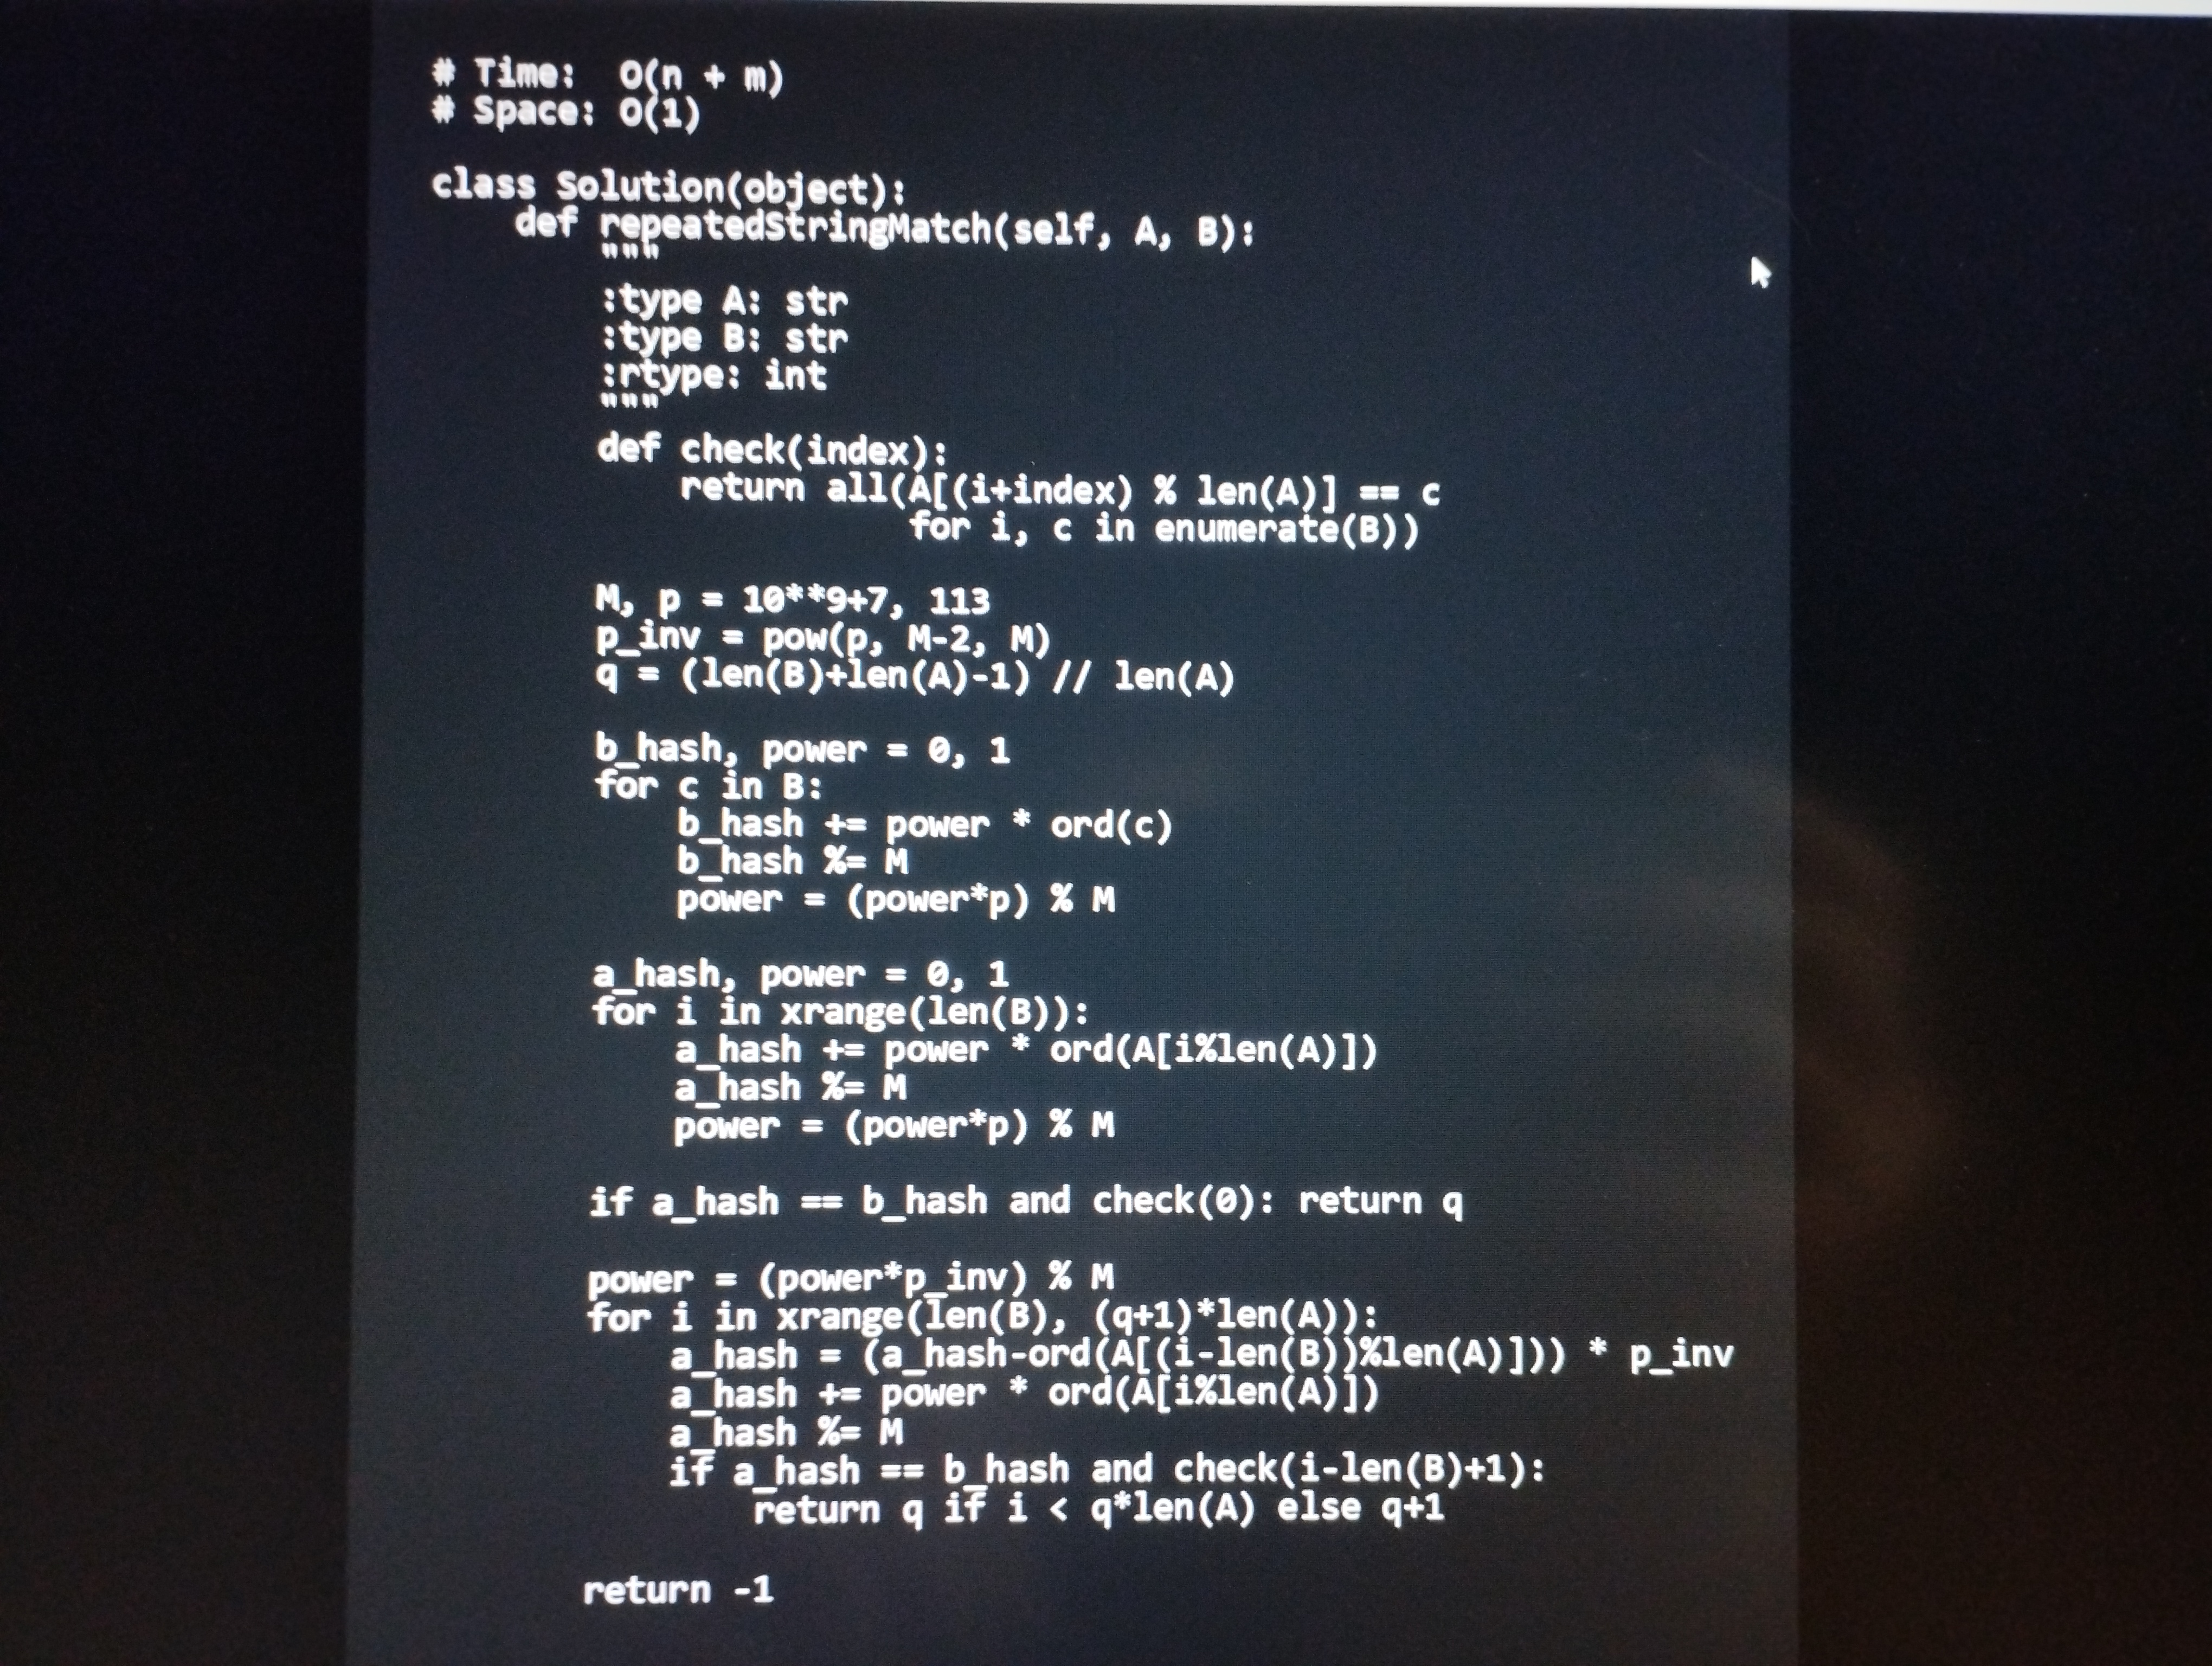
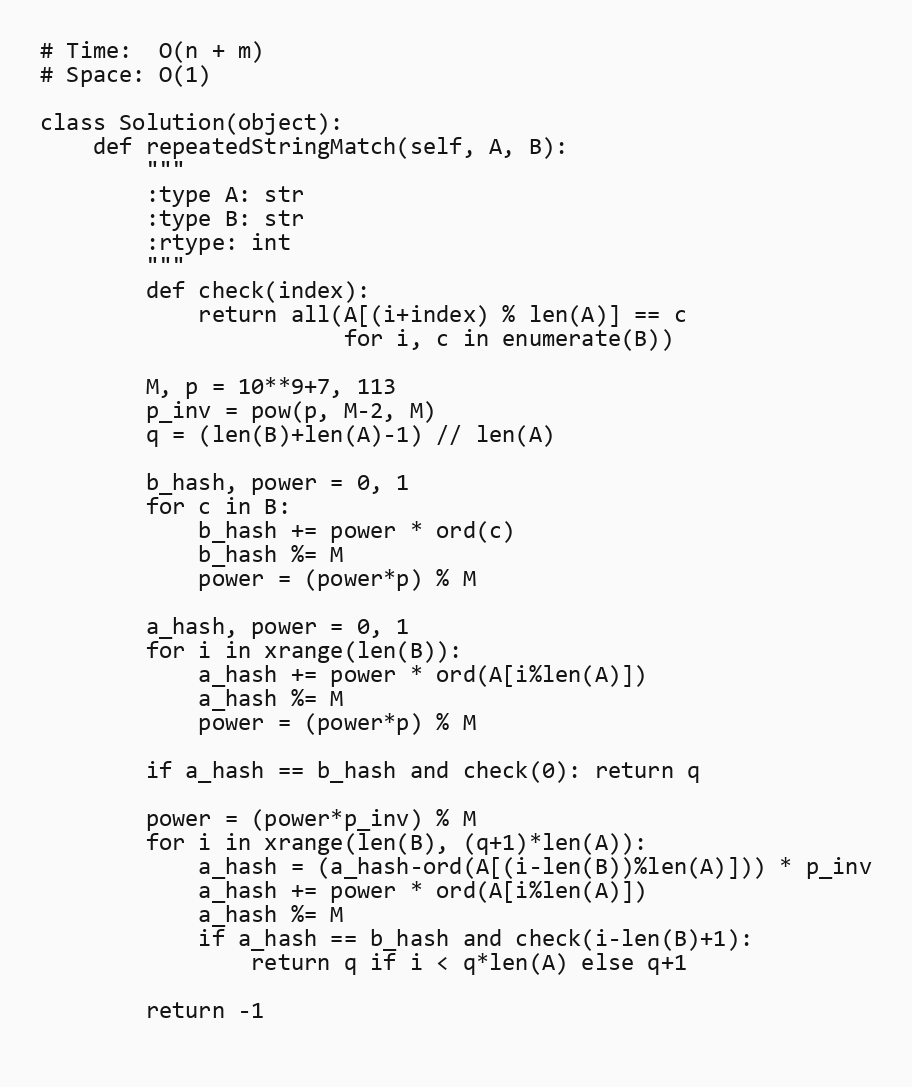
# Time:  O(n + m)
# Space: O(1)

class Solution(object):
    def repeatedStringMatch(self, A, B):
        """
        :type A: str
        :type B: str
        :rtype: int
        """
        def check(index):
            return all(A[(i+index) % len(A)] == c
                       for i, c in enumerate(B))

        M, p = 10**9+7, 113
        p_inv = pow(p, M-2, M)
        q = (len(B)+len(A)-1) // len(A)

        b_hash, power = 0, 1
        for c in B:
            b_hash += power * ord(c)
            b_hash %= M
            power = (power*p) % M

        a_hash, power = 0, 1
        for i in xrange(len(B)):
            a_hash += power * ord(A[i%len(A)])
            a_hash %= M
            power = (power*p) % M

        if a_hash == b_hash and check(0): return q

        power = (power*p_inv) % M
        for i in xrange(len(B), (q+1)*len(A)):
            a_hash = (a_hash-ord(A[(i-len(B))%len(A)])) * p_inv
            a_hash += power * ord(A[i%len(A)])
            a_hash %= M
            if a_hash == b_hash and check(i-len(B)+1):
                return q if i < q*len(A) else q+1

        return -1